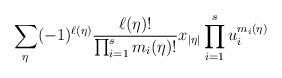
LaTeX: \begin{align*}\sum_\eta (-1)^{\ell( \eta )}\frac{\ell(\eta)!}{\prod_{i=1}^{s}m_i(\eta)!}x_{|\eta|}\prod_{i=1}^{s} u_i^{m_i(\eta)} \end{align*}